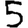
Digit: 5